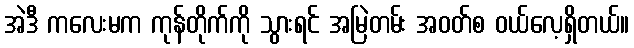
အဲဒီ ကလေးမက ကုန်တိုက်ကို သွားရင် အမြဲတမ်း အဝတ်စ ဝယ်လေ့ရှိတယ်။